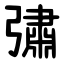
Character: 彇